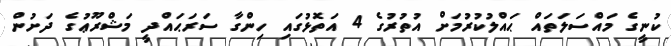
ކުނީގެ މައްސަލަތައް ޙައްލުކުރުމަށް އުތުރުގެ 4 އަތޮޅުގައި ހިންގާ ސަރަޙައްދީ މަޝްރޫޢުގެ ދަށުން